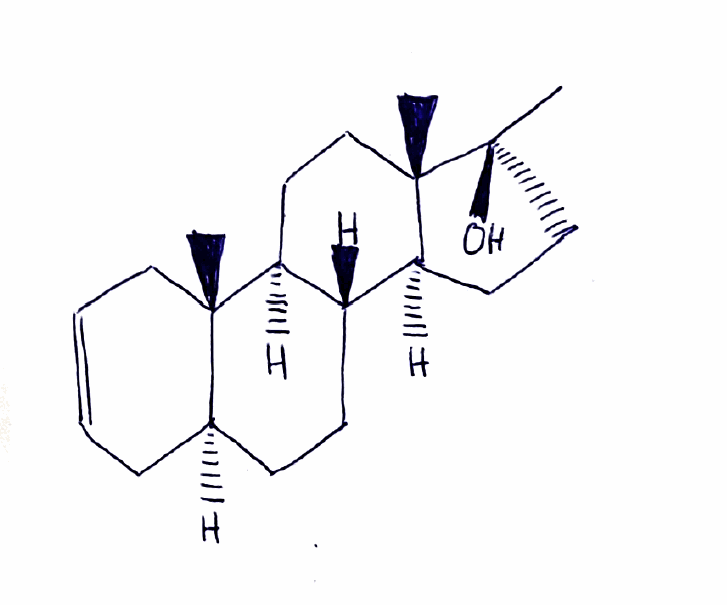
Simplified molecular-input line-entry system (SMILES) notation of the given molecule:
C[C@]12CC[C@H]3[C@H]([C@@H]1CC[C@]2(C)O)CC[C@@H]4[C@@]3(CC=CC4)C